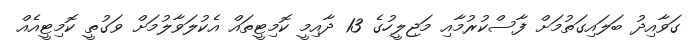
ގަވާއިދު ބަލައިގަތުމަށް ފާސްކުރުމާއި މަޖިލީހުގެ 13 ދާއިމީ ކޮމިޓީތައް އެކުލަވާލުމަށް ވަގުތީ ކޮމިޓީއެއް